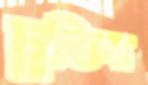
চুক্তির